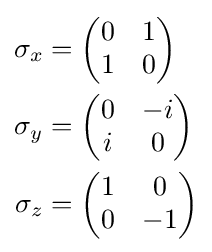
{\begin{aligned}\sigma _{x}&={\begin{pmatrix}0&1\\1&0\end{pmatrix}}\\\sigma _{y}&={\begin{pmatrix}0&-i\\i&0\end{pmatrix}}\\\sigma _{z}&={\begin{pmatrix}1&0\\0&-1\end{pmatrix}}\end{aligned}}